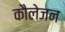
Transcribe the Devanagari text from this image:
कौलेजन